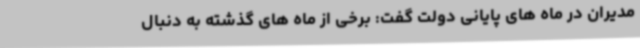
مدیران در ماه های پایانی دولت گفت: برخی از ماه های گذشته به دنبال